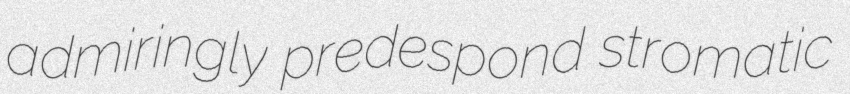
admiringly predespond stromatic